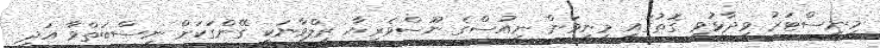
މިނިސްޓަރު ވިދާޅުވި ގޮތުގައި މިނިވަން ނިއުސްގެ ނޫސްވެރިޔާ ރިލްވާނަކީ ގޭންގަކަށް ނިސްބަތްވާ އަދި